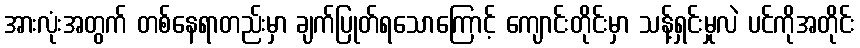
အားလုံးအတွက် တစ်နေရာတည်းမှာ ချက်ပြုတ်ရသောကြောင့် ကျောင်းတိုင်းမှာ သန့်ရှင်းမှုလဲ ပင်ကိုအတိုင်း